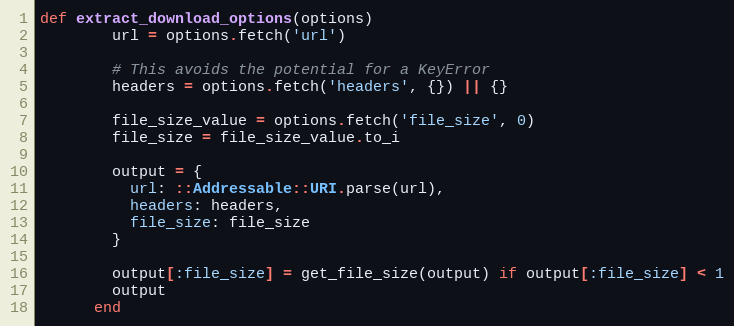
Language: Ruby
def extract_download_options(options)
        url = options.fetch('url')

        # This avoids the potential for a KeyError
        headers = options.fetch('headers', {}) || {}

        file_size_value = options.fetch('file_size', 0)
        file_size = file_size_value.to_i

        output = {
          url: ::Addressable::URI.parse(url),
          headers: headers,
          file_size: file_size
        }

        output[:file_size] = get_file_size(output) if output[:file_size] < 1
        output
      end